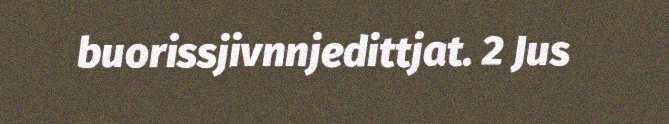
buorissjivnnjedittjat. 2 Jus